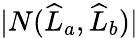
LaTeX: |N(\widehat{L}_{a},\widehat{L}_{b})|